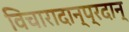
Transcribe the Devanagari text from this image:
विचारादान्प्रदान्